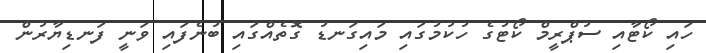
ހައި ކޯޓާއި ސުޕްރީމް ކޯޓުގެ ހުކުމުގައި މައިގަނޑު ގޮތެއްގައި ބުނެފައި ވަނީ ފަނޑިޔާރުން